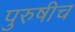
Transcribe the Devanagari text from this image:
पुरुषीच